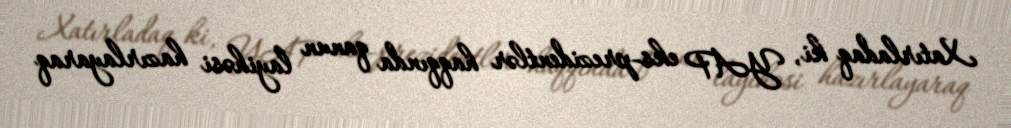
Xatırladaq ki, YAP eks-prezidentlər haqqında qanun layihəsi hazırlayaraq